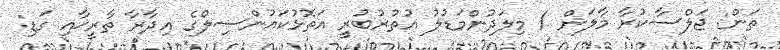
ތަން: ޖަލްސާކުރާ މާލަން / މިލަދުންމަޑުލު އުތުރުބުރީ އަތޮޅުކައުންސިލްގެ އިދާރާ ތާރީޚާއި ގަޑި: